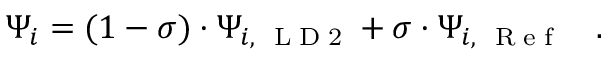
\Psi _ { i } = ( 1 - \sigma ) \cdot \Psi _ { i , \mathrm { ~ \tiny ~ L ~ D ~ 2 ~ } } + \sigma \cdot \Psi _ { i , \mathrm { ~ \tiny ~ R ~ e ~ f ~ } } \quad .